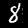
Digit: 8